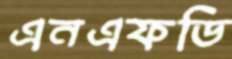
এনএফডি